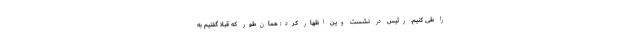
را طی کنیم. رئیس در نشست وین اظهار کرد: همان‌طور که قبلاً گفتیم به